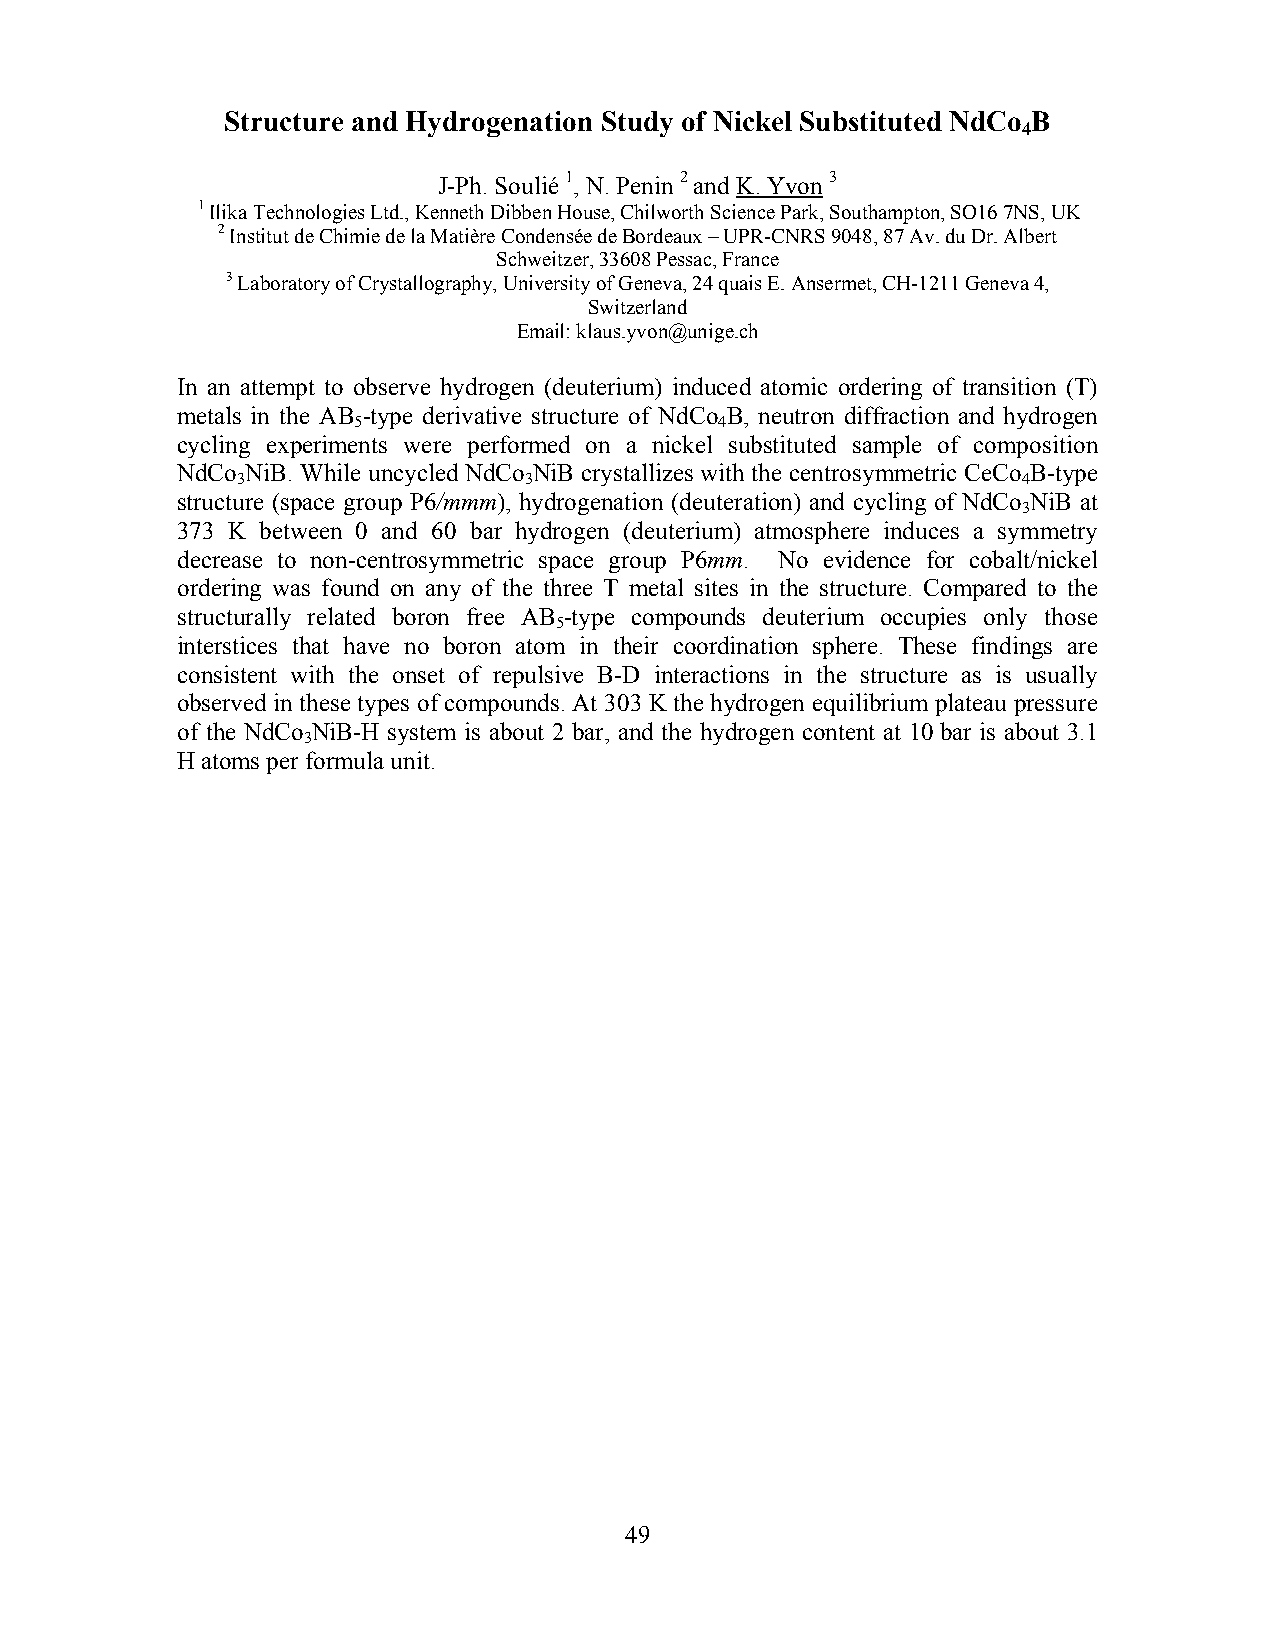
Structure and Hydrogenation Study of Nickel Substituted NdCo B
 4
 J-Ph. Soulié 1, N. Penin 2 and K. Yvon 3
 1 Ilika Technologies Ltd., Kenneth Dibben House, Chilworth Science Park, Southampton, SO16 7NS, UK
 2 Institut de Chimie de la Matière Condensée de Bordeaux – UPR-CNRS 9048, 87 Av. du Dr. Albert
 Schweitzer, 33608 Pessac, France
 3 Laboratory of Crystallography, University of Geneva, 24 quais E. Ansermet, CH-1211 Geneva 4,
 Switzerland
 Email: klaus.yvon@unige.ch
 In an attempt to observe hydrogen (deuterium) induced atomic ordering of transition (T)
 metals in the AB -type derivative structure of NdCo B, neutron diffraction and hydrogen
 5                        4
 cycling experiments were performed on a nickel substituted sample of composition
 NdCo NiB. While uncycled NdCo NiB crystallizes with the centrosymmetric CeCo B-type
 3                  3                                4
 structure (space group P6/mmm), hydrogenation (deuteration) and cycling of NdCo NiB at
 3
 373 K between 0 and 60 bar hydrogen (deuterium) atmosphere induces a symmetry
 decrease to non-centrosymmetric space group P6mm. No evidence for cobalt/nickel
 ordering was found on any of the three T metal sites in the structure. Compared to the
 structurally related boron free AB -type compounds deuterium occupies only those
 5
 interstices that have no boron atom in their coordination sphere. These findings are
 consistent with the onset of repulsive B-D interactions in the structure as is usually
 observed in these types of compounds. At 303 K the hydrogen equilibrium plateau pressure
 of the NdCo NiB-H system is about 2 bar, and the hydrogen content at 10 bar is about 3.1
 3
 H atoms per formula unit.
 49